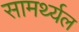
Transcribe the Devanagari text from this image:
सामर्थ्यल